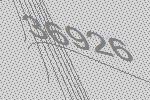
36926